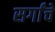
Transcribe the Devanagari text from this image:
सर्गांचे